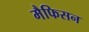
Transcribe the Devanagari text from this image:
मैफिसन